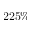
2 2 5 \%